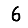
Digit: 6